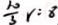
\frac { 1 0 } { 3 } r = 8